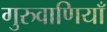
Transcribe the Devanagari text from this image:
गुरुवाणियाँ